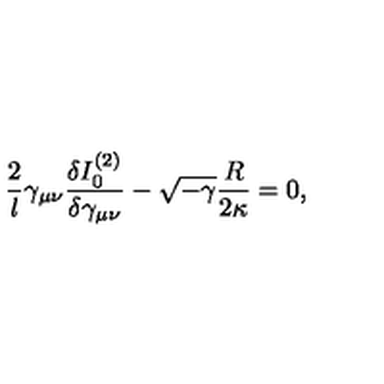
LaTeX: \frac { 2 } { l } \gamma _ { \mu \nu } \frac { \delta I _ { 0 } ^ { ( 2 ) } } { \delta \gamma _ { \mu \nu } } - \sqrt { - \gamma } \frac { R } { 2 \kappa } = 0 ,